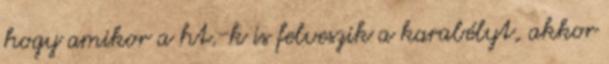
hogy amikor a ht.-k is felveszik a karabélyt, akkor